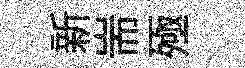
新耑殛